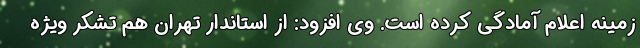
زمینه اعلام آمادگی کرده است. وی افزود: از استاندار تهران هم تشکر ویژه